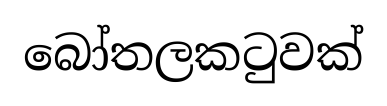
බෝතලකටුවක්